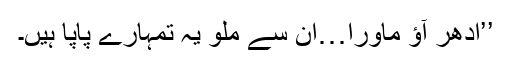
’’ادھر آؤ ماورا…ان سے ملو یہ تمہارے پاپا ہیں۔